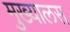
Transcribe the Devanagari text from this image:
मुख्यालस